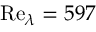
\mathrm { R e } _ { \lambda } = 5 9 7